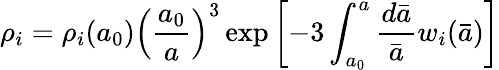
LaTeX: \rho_{i}=\rho_{i}(a_{0})\left(\frac{a_{0}}{a}\right)^{3}\exp\left[-3\int_{a_{0}}^{a}\frac{d\bar{a}}{\bar{a}}w_{i}(\bar{a})\right]